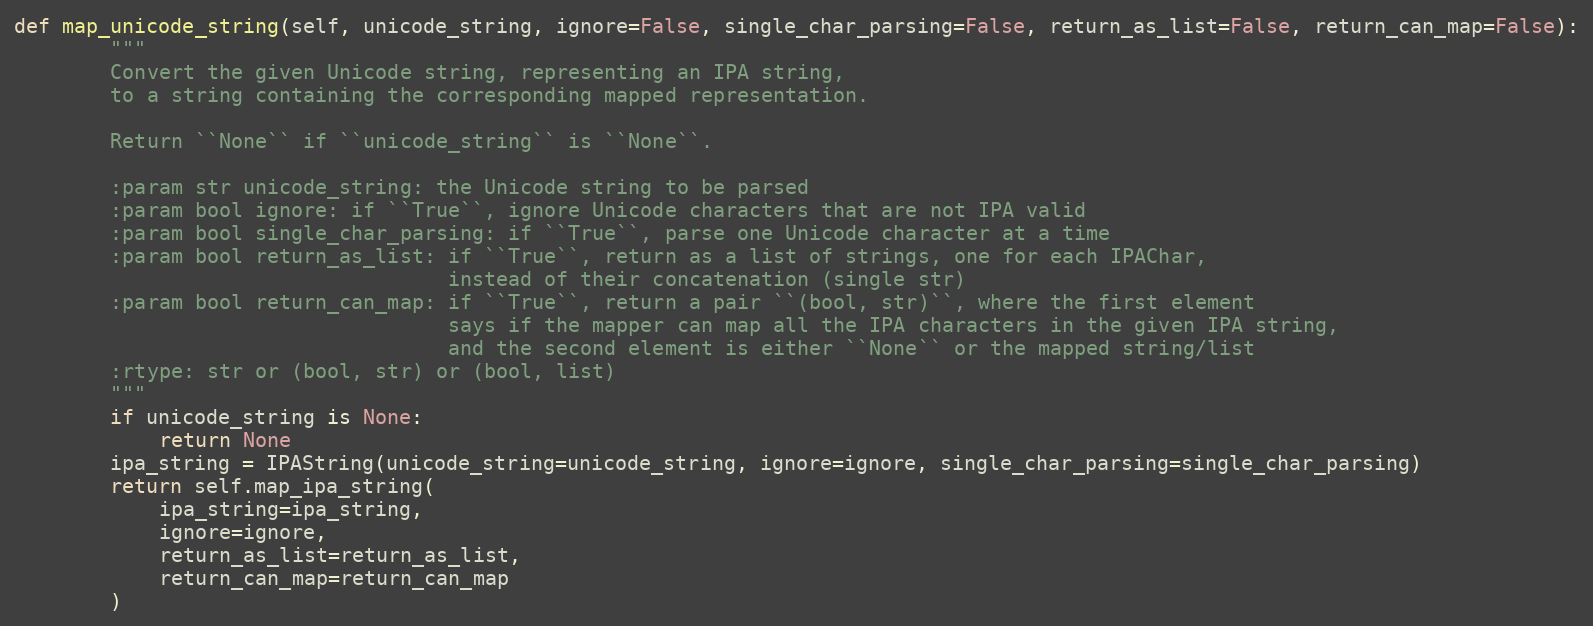
Language: Python
def map_unicode_string(self, unicode_string, ignore=False, single_char_parsing=False, return_as_list=False, return_can_map=False):
        """
        Convert the given Unicode string, representing an IPA string,
        to a string containing the corresponding mapped representation.

        Return ``None`` if ``unicode_string`` is ``None``.

        :param str unicode_string: the Unicode string to be parsed
        :param bool ignore: if ``True``, ignore Unicode characters that are not IPA valid
        :param bool single_char_parsing: if ``True``, parse one Unicode character at a time
        :param bool return_as_list: if ``True``, return as a list of strings, one for each IPAChar,
                                    instead of their concatenation (single str)
        :param bool return_can_map: if ``True``, return a pair ``(bool, str)``, where the first element
                                    says if the mapper can map all the IPA characters in the given IPA string,
                                    and the second element is either ``None`` or the mapped string/list
        :rtype: str or (bool, str) or (bool, list)
        """
        if unicode_string is None:
            return None
        ipa_string = IPAString(unicode_string=unicode_string, ignore=ignore, single_char_parsing=single_char_parsing)
        return self.map_ipa_string(
            ipa_string=ipa_string,
            ignore=ignore,
            return_as_list=return_as_list,
            return_can_map=return_can_map
        )